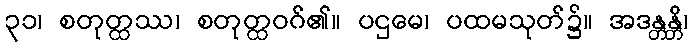
၃၁၊ စတုတ္ထဿ၊ စတုတ္ထဝဂ်၏။ ပဌမေ၊ ပထမသုတ်၌။ အဒန္တန္တိ၊